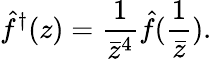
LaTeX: \hat{f}^{\dagger}(z)={\frac{1}{\bar{z}^{4}}}{\hat{f}({\frac{1}{\bar{z}}})}.